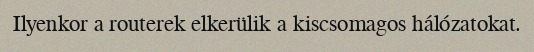
Ilyenkor a routerek elkerülik a kiscsomagos hálózatokat.